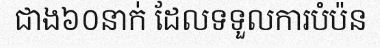
ជាង៦០នាក់ ដែលទទួលការបំប៉ន